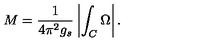
M = \frac { 1 } { 4 \pi ^ { 2 } g _ { s } } \left| \int _ { C } \Omega \right| .